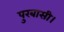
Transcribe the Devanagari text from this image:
पुरबासी।